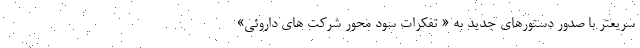
سریعتر با صدور دستورهای جدید به « تفکرات سود محور شرکت های داروئی»